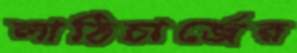
লাঠিচার্জের